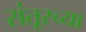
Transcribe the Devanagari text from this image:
संतूरच्या